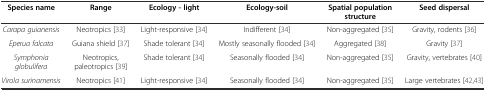
<table><thead><tr><td><b>Species name</b></td><td><b>Range</b></td><td><b>Ecology - light</b></td><td><b>Ecology-soil</b></td><td><b>Spatial population structure</b></td><td><b>Seed dispersal</b></td></tr></thead><tbody><tr><td><i>Carapa guianensis</i></td><td>Neotropics [33]</td><td>Light-responsive [34]</td><td>Indifferent [34]</td><td>Non-aggregated [35]</td><td>Gravity, rodents [36]</td></tr><tr><td><i>Eperua falcata</i></td><td>Guiana shield [37]</td><td>Shade tolerant [34]</td><td>Mostly seasonally flooded [34]</td><td>Aggregated [38]</td><td>Gravity [37]</td></tr><tr><td><i>Symphonia globulifera</i></td><td>Neotropics, paleotropics [39]</td><td>Shade tolerant [34]</td><td>Seasonally flooded [34]</td><td>Non-aggregated [35]</td><td>Gravity, vertebrates [40]</td></tr><tr><td><i>Virola surinamensis</i></td><td>Neotropics [41]</td><td>Light-responsive [34]</td><td>Seasonally flooded [34]</td><td>Non-aggregated [35]</td><td>Large vertebrates [42, 43]</td></tr></tbody></table>